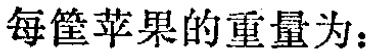
每筐苹果的重量为：